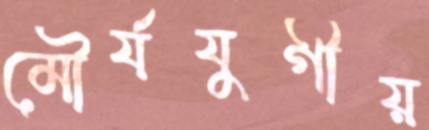
মৌর্যযুগীয়